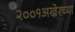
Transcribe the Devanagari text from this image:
२००१अखेरच्या